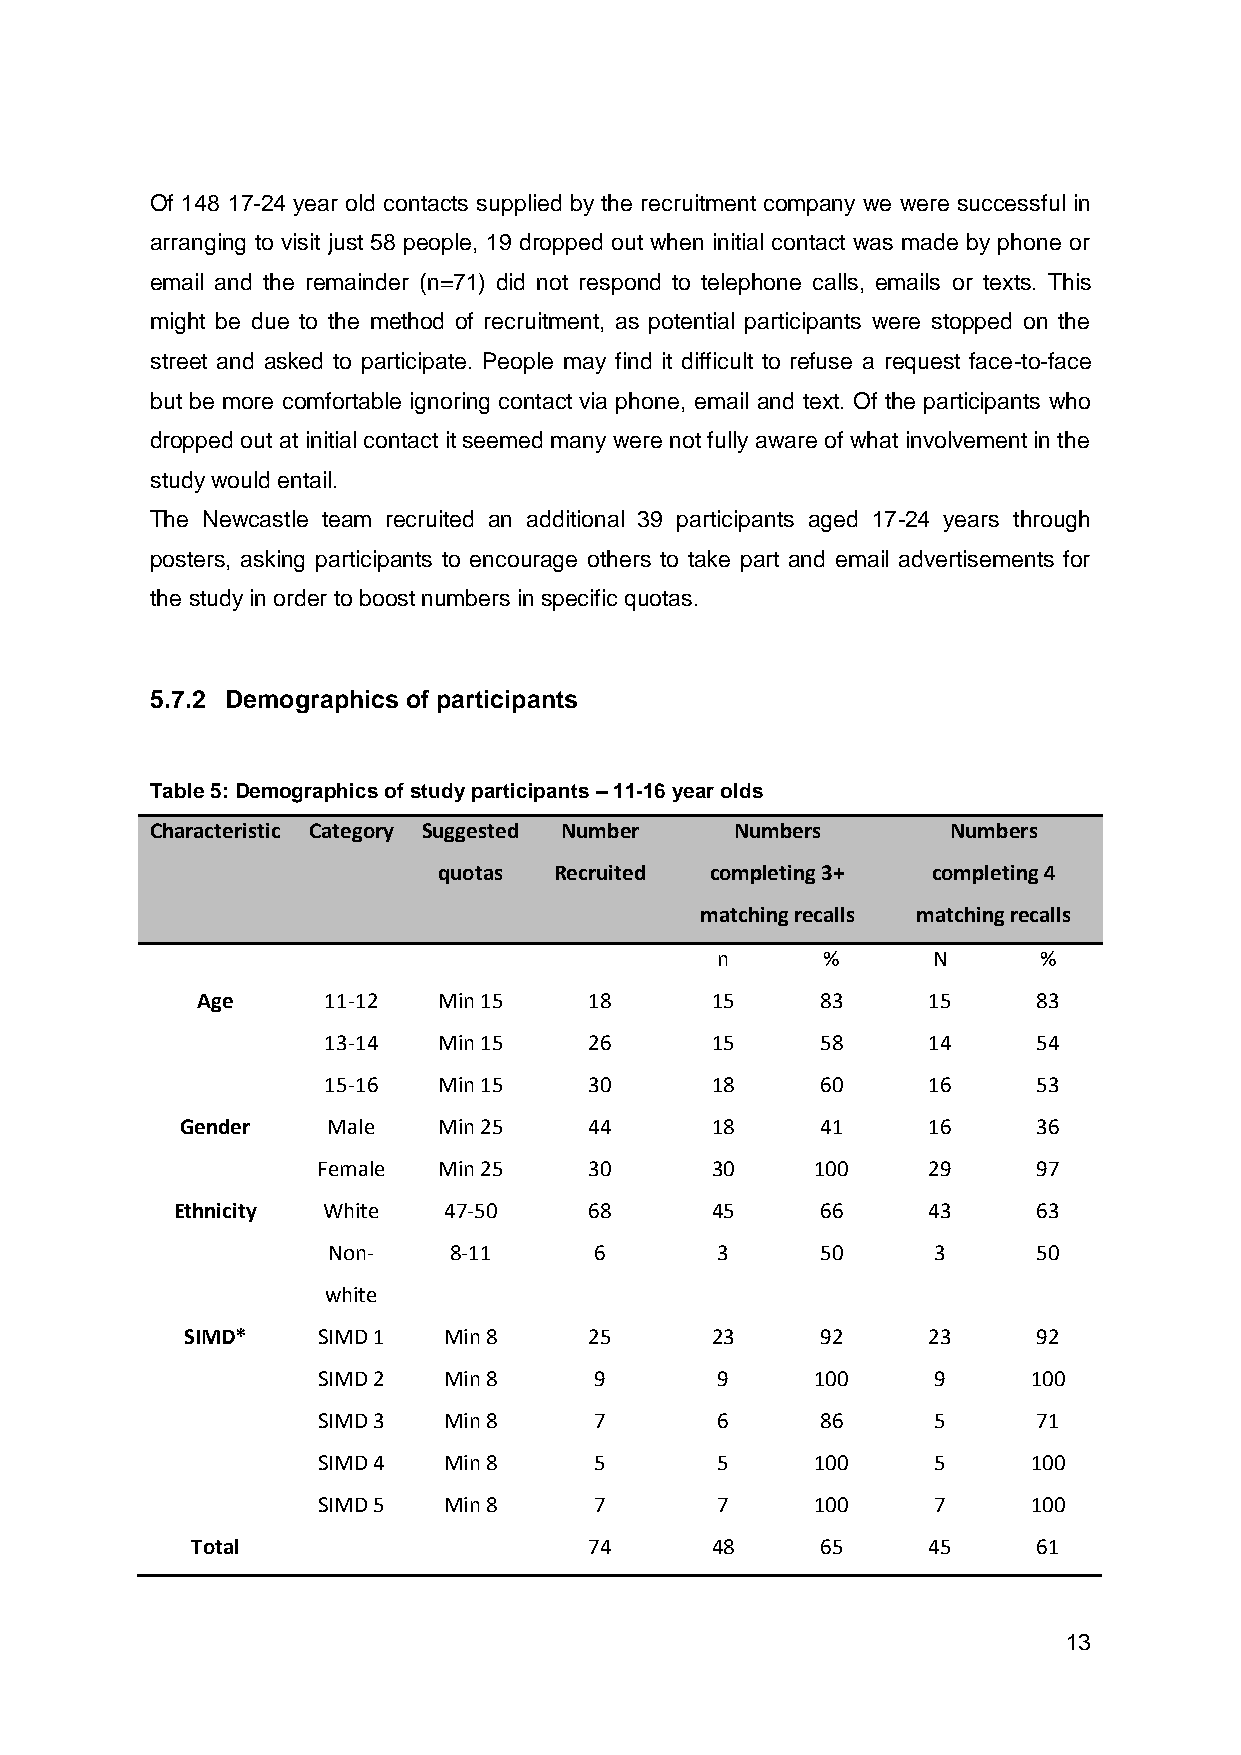
Of 148 17-24 year old contacts supplied by the recruitment company we were successful in
 arranging to visit just 58 people, 19 dropped out when initial contact was made by phone or
 email and the remainder (n=71) did not respond to telephone calls, emails or texts. This
 might be due to the method of recruitment, as potential participants were stopped on the
 street and asked to participate. People may find it difficult to refuse a request face-to-face
 but be more comfortable ignoring contact via phone, email and text. Of the participants who
 dropped out at initial contact it seemed many were not fully aware of what involvement in the
 study would entail.
 The Newcastle team recruited an additional 39 participants aged 17-24 years through
 posters, asking participants to encourage others to take part and email advertisements for
 the study in order to boost numbers in specific quotas.
 5.7.2 Demographics of participants
 Table 5: Demographics of study participants – 11-16 year olds
 Characteristic Category Suggested Number Numbers     Numbers
 quotas  Recruited completing 3+  completing 4
 matching recalls matching recalls
 n      %       N      %
 Age     11-12   Min 15    18      15     83     15      83
 13-14   Min 15    26      15     58     14      54
 15-16   Min 15    30      18     60     16      53
 Gender    Male   Min 25    44      18     41     16      36
 Female  Min 25    30      30     100    29      97
 Ethnicity White   47-50     68      45     66     43      63
 Non-    8-11     6       3      50      3      50
 white
 SIMD*    SIMD 1  Min 8     25      23     92     23      92
 SIMD 2  Min 8     9       9      100     9     100
 SIMD 3  Min 8     7       6      86      5      71
 SIMD 4  Min 8     5       5      100     5     100
 SIMD 5  Min 8     7       7      100     7     100
 Total                     74      48     65     45      61
 13